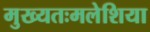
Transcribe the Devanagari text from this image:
मुख्यतःमलेशिया